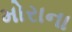
મોરાના